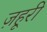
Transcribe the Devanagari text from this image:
ज़हूरी